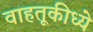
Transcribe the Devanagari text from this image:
वाहतूकीध्ये